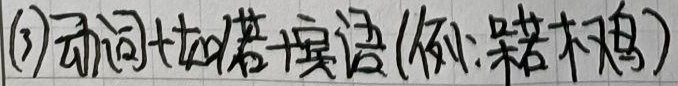
(3)动词+如+宾语(例: 呆若木鸡)